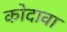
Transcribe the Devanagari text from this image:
कोदावा